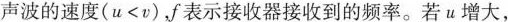
声波的速度(u<v)，f表示接收器接收到的频率。若u增大，